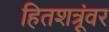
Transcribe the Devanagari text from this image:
हितशत्रूंवर